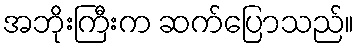
အဘိုးကြီးက ဆက်ပြောသည်။